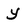
Character: y